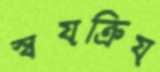
স্বয়ক্রিয়